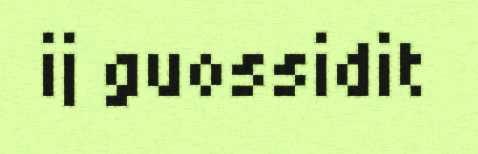
ij guossidit